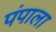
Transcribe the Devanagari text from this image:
पंपाला